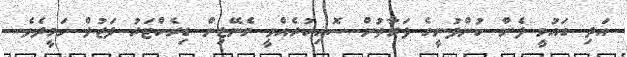
އަދި ގައުމީ ފެން ކުންފުނީގެ ފަރާތުން ސޮއިކުރެއްވީ މެނޭޖިން ޑިރެކްޓަރު ފަޒުލް ހަމީދެވެ.